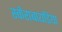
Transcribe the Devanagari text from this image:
स्कैराबायडिया